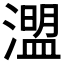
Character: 𤀄